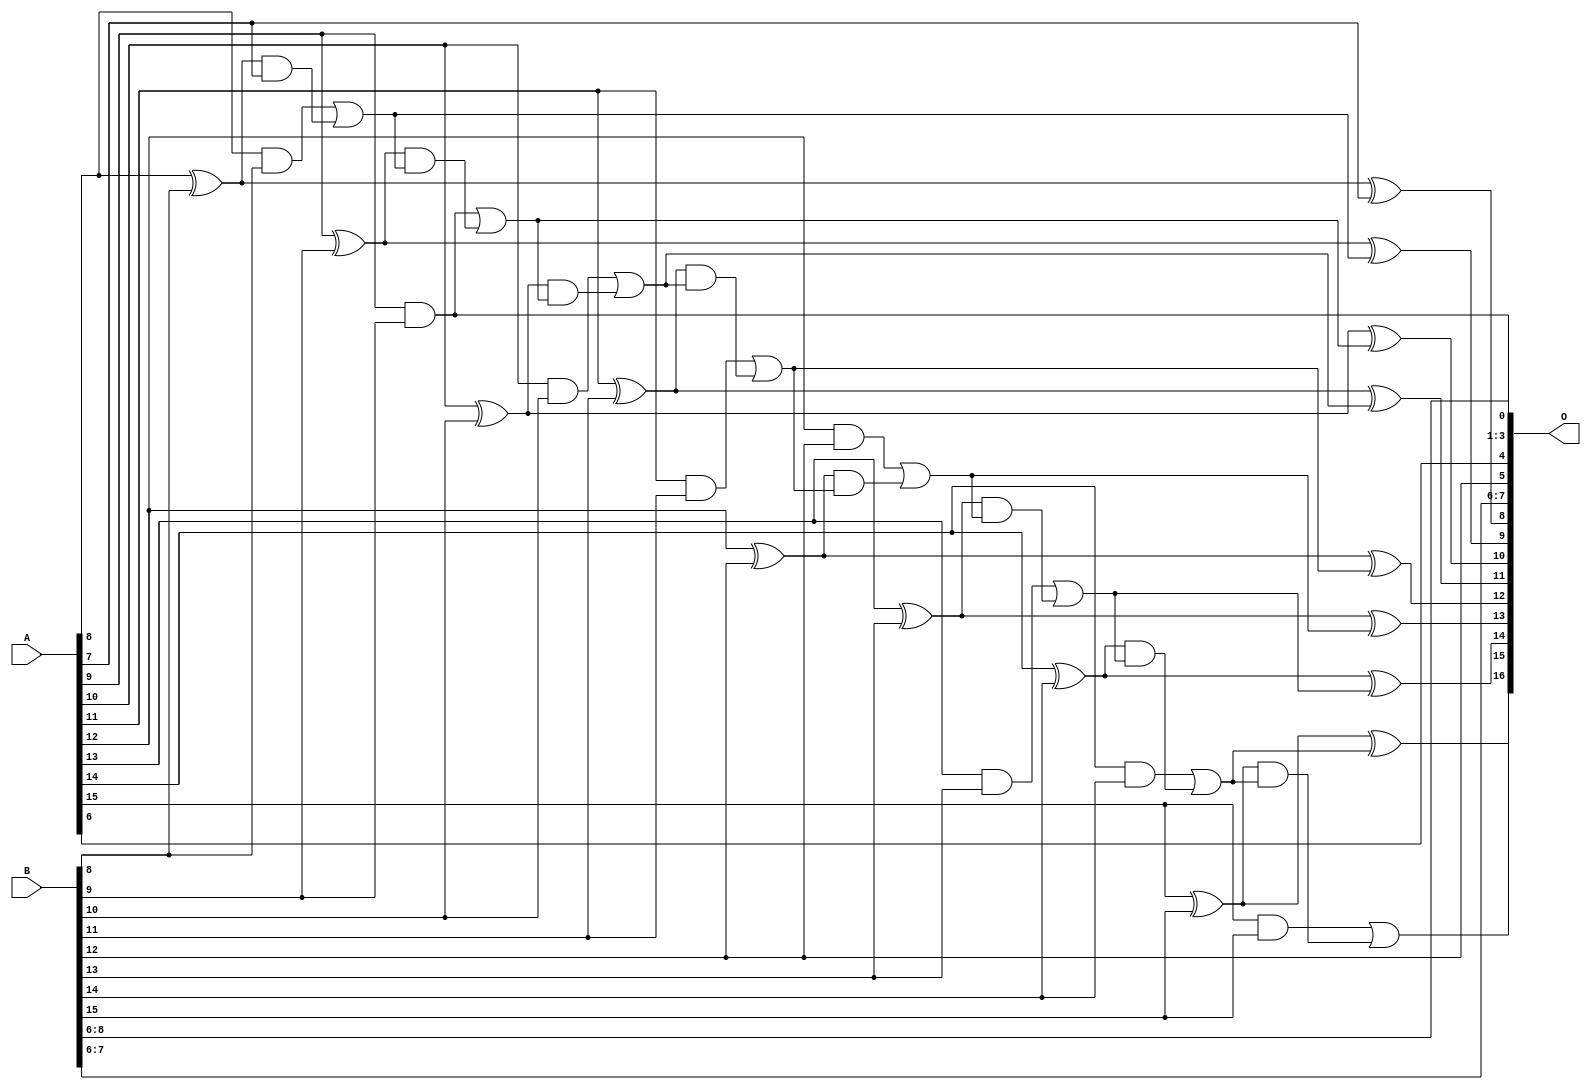
/***
* This code is a part of EvoApproxLib library (ehw.fit.vutbr.cz/approxlib) distributed under The MIT License.
* When used, please cite the following article(s):  
* This file contains a circuit from a sub-set of pareto optimal circuits with respect to the pwr and wce parameters
***/
// MAE% = 0.05 %
// MAE = 65 
// WCE% = 0.13 %
// WCE = 175 
// WCRE% = 100.00 %
// EP% = 99.71 %
// MRE% = 0.14 %
// MSE = 5632 
// PDK45_PWR = 0.036 mW
// PDK45_AREA = 73.7 um2
// PDK45_DELAY = 0.68 ns


module add16u_09P(A, B, O);
  input [15:0] A, B;
  output [16:0] O;
  wire sig_69, sig_70, sig_71, sig_73, sig_74, sig_76;
  wire sig_78, sig_79, sig_80, sig_81, sig_83, sig_84;
  wire sig_85, sig_86, sig_88, sig_89, sig_90, sig_91;
  wire sig_93, sig_94, sig_95, sig_96, sig_98, sig_99;
  wire sig_100, sig_101, sig_103, sig_104, sig_105, sig_106;
  assign sig_69 = A[8] ^ B[8];
  assign sig_70 = A[8] & B[8];
  assign sig_71 = sig_69 & A[7];
  assign O[8] = sig_69 ^ A[7];
  assign sig_73 = sig_70 | sig_71;
  assign sig_74 = A[9] ^ B[9];
  assign O[0] = A[9] & B[9];
  assign sig_76 = sig_74 & sig_73;
  assign O[9] = sig_74 ^ sig_73;
  assign sig_78 = O[0] | sig_76;
  assign sig_79 = A[10] ^ B[10];
  assign sig_80 = A[10] & B[10];
  assign sig_81 = sig_79 & sig_78;
  assign O[10] = sig_79 ^ sig_78;
  assign sig_83 = sig_80 | sig_81;
  assign sig_84 = A[11] ^ B[11];
  assign sig_85 = A[11] & B[11];
  assign sig_86 = sig_84 & sig_83;
  assign O[11] = sig_84 ^ sig_83;
  assign sig_88 = sig_85 | sig_86;
  assign sig_89 = A[12] ^ B[12];
  assign sig_90 = A[12] & B[12];
  assign sig_91 = sig_89 & sig_88;
  assign O[12] = sig_89 ^ sig_88;
  assign sig_93 = sig_90 | sig_91;
  assign sig_94 = A[13] ^ B[13];
  assign sig_95 = A[13] & B[13];
  assign sig_96 = sig_94 & sig_93;
  assign O[13] = sig_94 ^ sig_93;
  assign sig_98 = sig_95 | sig_96;
  assign sig_99 = A[14] ^ B[14];
  assign sig_100 = A[14] & B[14];
  assign sig_101 = sig_99 & sig_98;
  assign O[14] = sig_99 ^ sig_98;
  assign sig_103 = sig_100 | sig_101;
  assign sig_104 = A[15] ^ B[15];
  assign sig_105 = A[15] & B[15];
  assign sig_106 = sig_104 & sig_103;
  assign O[15] = sig_104 ^ sig_103;
  assign O[16] = sig_105 | sig_106;
  assign O[1] = B[6];
  assign O[2] = B[7];
  assign O[3] = B[8];
  assign O[4] = A[6];
  assign O[5] = B[12];
  assign O[6] = B[6];
  assign O[7] = B[7];
endmodule